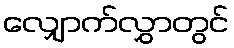
လျှောက်လွှာတွင်